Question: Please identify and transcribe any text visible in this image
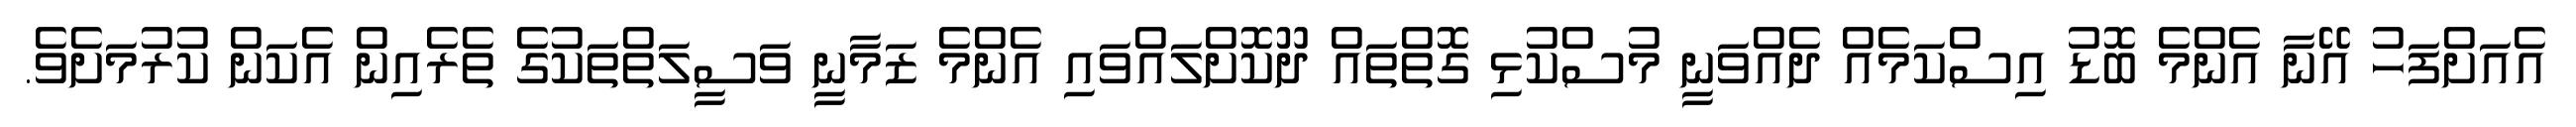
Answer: އެއަށްފަހު އޭނާ އެންމެ ބޮޑު އިސްކަމެއް ދެއްވަނީ މުސްކުޅި ގޮތްތައް ދޫކޮށްލައްވައި އެންމެ ޒަމާނީ ވަސީލަތްތަކުގެ ތެރެއިން އެކަން ކުރުމަށެވެ.